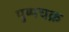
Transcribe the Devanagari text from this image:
पुष्पचक्र